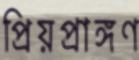
প্রিয়প্রাঙ্গণ